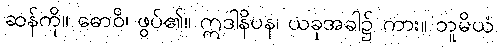
ဆန်ကို။ ဓောဝိ၊ ဖွပ်၏။ ဣဒါနိပန၊ ယခုအခါ၌ ကား။ ဘူမိယံ